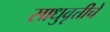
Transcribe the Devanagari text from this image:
साधुवृत्तीचे